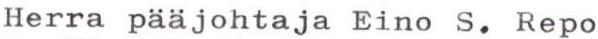
Herra pääjohtaja Eino S. Repo